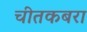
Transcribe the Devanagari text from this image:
चीतकबरा